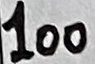
Text: 100